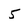
Character: 5